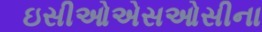
ઇસીઓએસઓસીના